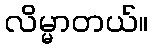
လိမ္မာတယ်။